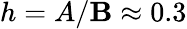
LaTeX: h=A/\mathbf{B}\approx0.3